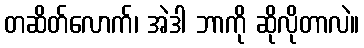
တဆိတ်လောက်၊ အဲဒါ ဘာကို ဆိုလိုတာလဲ။